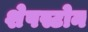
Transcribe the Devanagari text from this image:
शेपस्टोन